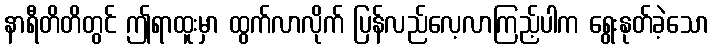
နာရီတိတိတွင် ဤရာထူးမှာ ထွက်လာလိုက် ပြန်လည်လေ့လာကြည့်ပါက ရွေးနုတ်ခဲ့သော